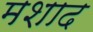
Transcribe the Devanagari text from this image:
मशाद